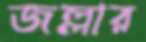
জল্লার